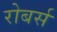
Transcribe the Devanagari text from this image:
रोबर्स